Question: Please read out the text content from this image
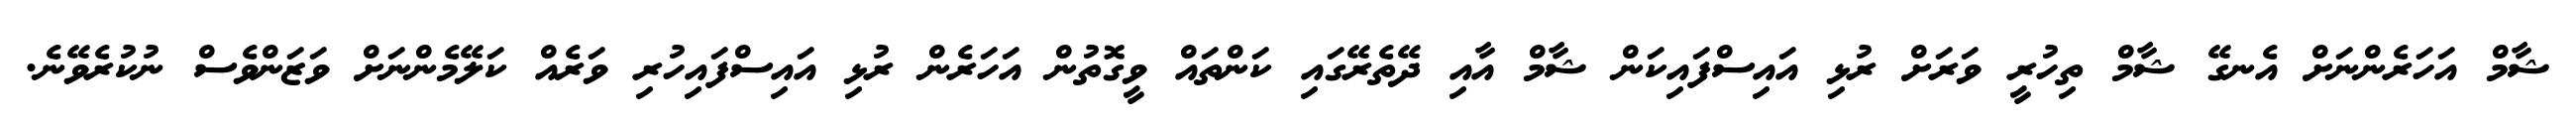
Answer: ޝާމް އަހަރެންނަށް އެނގޭ ޝާމް ތިހުރީ ވަރަށް ރުޅި އައިސްފައިކަން ޝާމް އާއި ދޭތެރޭގައި ކަންތައް ވީގޮތުން އަހަރެން ރުޅި އައިސްފައިހުރި ވަރެއް ކަލޭމެންނަށް ވަޒަންވެސް ނުކުރެވޭނެ.